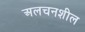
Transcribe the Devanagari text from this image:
अलचनशील